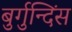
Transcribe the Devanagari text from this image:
बुर्गुन्दिंस